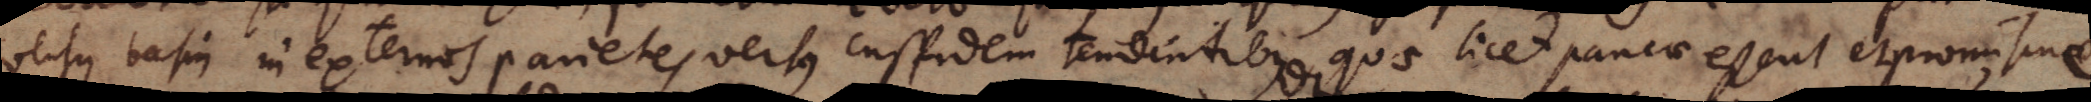
versus basin in externos parietes versus cuspidem tendentibus quae licet paucae essent et promiscue